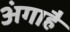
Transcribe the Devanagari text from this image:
अंगाहै